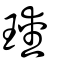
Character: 璦